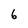
Character: 6